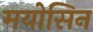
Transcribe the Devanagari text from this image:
मयोसिन